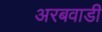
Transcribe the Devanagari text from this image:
अरबवाडी